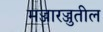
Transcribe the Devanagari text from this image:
मज्जारज्जुतील